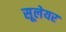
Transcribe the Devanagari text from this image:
सूलेयर